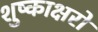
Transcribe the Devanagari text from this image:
शुष्काक्षरों